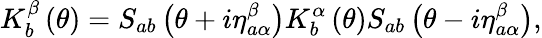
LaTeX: K_{b}^{\beta}\left(\theta\right)=S_{ab}\left(\theta+i\eta_{a\alpha}^{\beta}\right)K_{b}^{\alpha}\left(\theta\right)S_{ab}\left(\theta-i\eta_{a\alpha}^{\beta}\right),